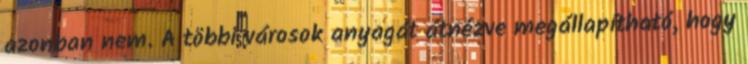
azonban nem. A többi városok anyagát átnézve megállapítható, hogy